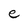
Character: e